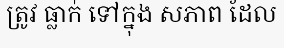
ត្រូវ ធ្លាក់ ទៅក្នុង សភាព ដែល